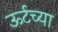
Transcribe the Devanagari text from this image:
ऊर्टच्या